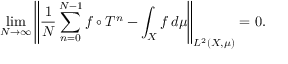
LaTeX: \operatorname* { l i m } _ { N \to \infty } \left\| { \frac { 1 } { N } } \sum _ { n = 0 } ^ { N - 1 } f \circ T ^ { n } - \int _ { X } f \, d \mu \right\| _ { L ^ { 2 } ( X , \mu ) } = 0 .